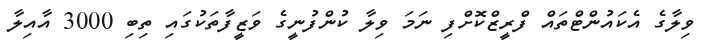
ވިލާގެ އެކައުންޓްތައް ފްރީޒްކޮށްފި ނަމަ ވިލާ ކުންފުނީގެ ވަޒީފާތަކުގައި ތިބި 3000 އާއިލާ